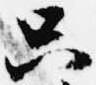
只